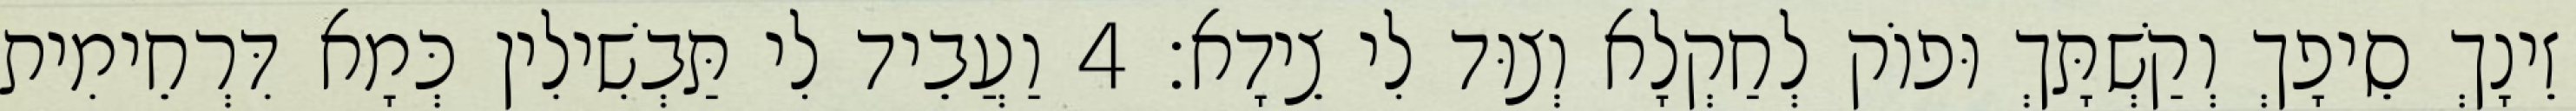
זֵינָךְ סֵיפָךְ וְקַשְׁתָּךְ וּפוֹק לְחַקְלָא וְצוּד לִי צֵידָא׃ 4 וַעֲבֵיד לִי תַּבְשִׁילִין כְּמָא דִּרְחֵימִית